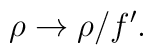
\rho  \rightarrow  \rho / f'.